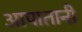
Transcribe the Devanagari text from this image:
आपातानी